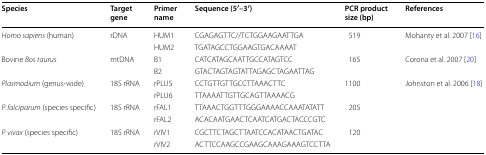
| Species | Target gene | Primer name | Sequence (5′–3′) | PCR product size (bp) | References |
 | --- | --- | --- | --- | --- | --- |
 | <ROWSPAN=2> Homo sapiens (human) | <ROWSPAN=2> rDNA | HUM1 | CGAGAGTTC//TCTGGAAGAATTGA | <ROWSPAN=2> 519 | <ROWSPAN=2> Mohanty et al. 2007 [16] |
 | HUM2 | TGATAGCCTGGAAGTGACAAAAT |
 | <ROWSPAN=2> Bovine Bos taurus | <ROWSPAN=2> mtDNA | B1 | CATCATAGCAATTGCCATAGTCC | <ROWSPAN=2> 165 | <ROWSPAN=2> Corona et al. 2007 [20] |
 | B2 | GTACTAGTAGTATTAGAGCTAGAATTAG |
 | <ROWSPAN=2> Plasmodium (genus-wide) | <ROWSPAN=2> 18S rRNA | rPLU5 | CCTGTTGTTGCCTTAAACTTC | <ROWSPAN=2> 1100 | <ROWSPAN=6> Johnston et al. 2006 [18] |
 | rPLU6 | TTAAAATTGTTGCAGTTAAAACG |
 | <ROWSPAN=2> P. falciparum (species specific) | <ROWSPAN=2> 18S rRNA | rFAL1 | TTAAACTGGTTTGGGAAAACCAAATATATT | 205 |
 | rFAL2 | ACACAATGAACTCAATCATGACTACCCGTC |  |
 | <ROWSPAN=2> P. vivax (species specific) | <ROWSPAN=2> 18S rRNA | rVIV1 | CGCTTCTAGCTTAATCCACATAACTGATAC | 120 |
 | rVIV2 | ACTTCCAAGCCGAAGCAAAGAAAGTCCTTA |  |